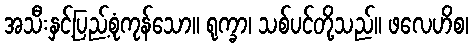
အသီးနှင့်ပြည့်စုံကုန်သော။ ရုက္ခာ၊ သစ်ပင်တို့သည်။ ဖလေဟိစ၊